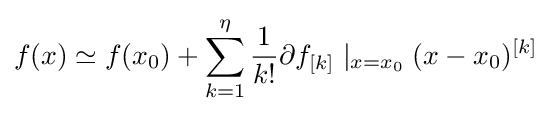
f(x)\simeq f(x_{0})+\sum _{k=1}^{\eta }{\frac {1}{k!}}\partial f_{[k]}\mid _{x=x_{0}}(x-x_{0})^{[k]}